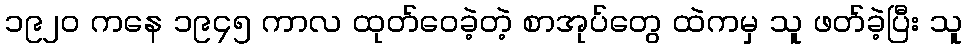
၁၉၂၀ ကနေ ၁၉၄၅ ကာလ ထုတ်ဝေခဲ့တဲ့ စာအုပ်တွေ ထဲကမှ သူ ဖတ်ခဲ့ပြီး သူ